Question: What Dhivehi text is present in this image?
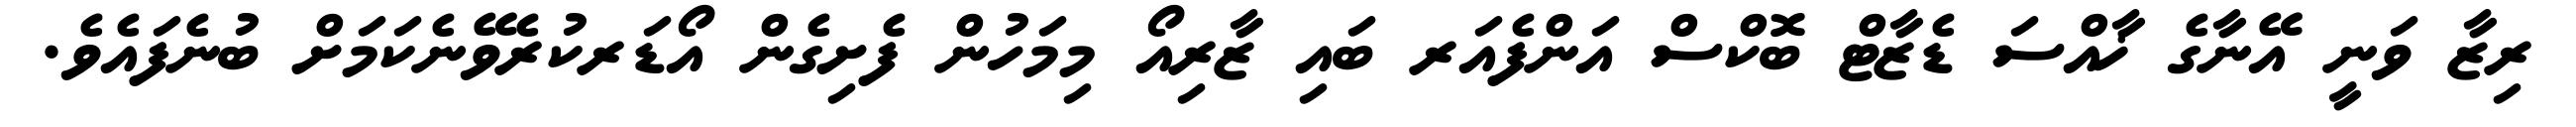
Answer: ރިޒާ ވަނީ އޭނާގެ ޚާއްސަ ޑެޒާޓް ބޮކްސް އަންފެއަރ ބައި ޒާރިއޯ މިމަހުން ފެށިގެން އޯޑަރކުރެވޭނެކަމަށް ބުނެފައެވެ.